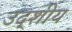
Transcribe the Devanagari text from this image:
उद्शीय